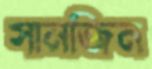
সানজিন